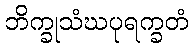
ဘိက္ခုသံဃပုရက္ခတံ